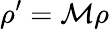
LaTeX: \rho^{\prime}=\mathcal{M}\rho